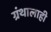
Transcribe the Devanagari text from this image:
ग्रंथालाही